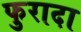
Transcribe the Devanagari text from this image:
फुरादा